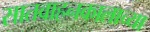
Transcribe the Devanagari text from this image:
सातवाहनकालाच्या